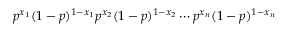
p ^ { x _ { 1 } } ( 1 - p ) ^ { 1 - x _ { 1 } } p ^ { x _ { 2 } } ( 1 - p ) ^ { 1 - x _ { 2 } } \cdots p ^ { x _ { n } } ( 1 - p ) ^ { 1 - x _ { n } }